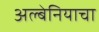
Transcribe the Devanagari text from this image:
अल्बेनियाचा